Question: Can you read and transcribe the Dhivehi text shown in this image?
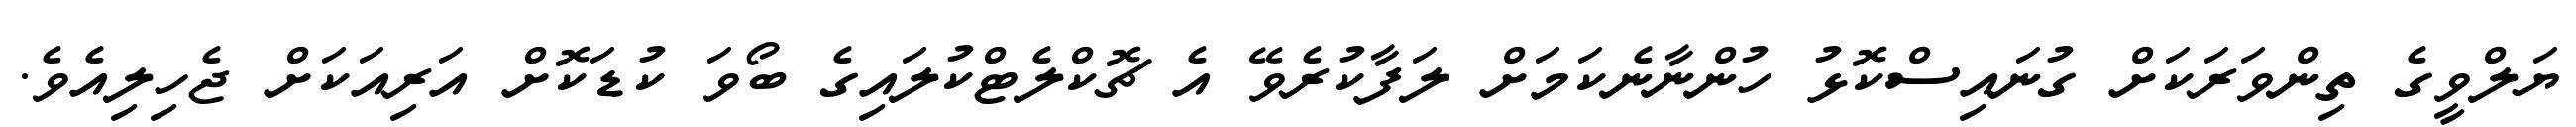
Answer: ޔަލްވީގެ ތިންވަރަކަށް ގުނައިސްކޮޅު ހުންނާނެކަމަށް ލަފާކުރެވޭ އެ ޗޮކްލެޓްކުލައިގެ ބޯވަ ކުޑަކޮށް އަރިއަކަށް ޖެހިލިއެވެ.